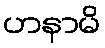
ဟနာမိ